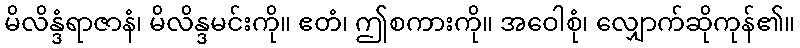
မိလိန္ဒံရာဇာနံ၊ မိလိန္ဒမင်းကို။ ဧတံ၊ ဤစကားကို။ အဝေါစုံ၊ လျှောက်ဆိုကုန်၏။